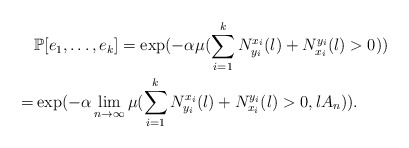
\begin{align*}&\mathbb{P}[e_1,\ldots,e_k]=\exp(-\alpha\mu(\sum\limits_{i=1}^{k}N^{x_i}_{y_i}(l)+N^{y_i}_{x_i}(l)>0))\\=&\exp(-\alpha\lim\limits_{n\rightarrow\infty}\mu(\sum\limits_{i=1}^{k}N^{x_i}_{y_i}(l)+N^{y_i}_{x_i}(l)>0,lA_n)).\end{align*}